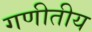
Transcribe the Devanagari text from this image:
गणीतीय